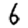
Digit: 6